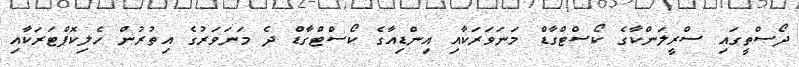
ދޯސްތީގައި ސްރީލަންކާގެ ކޯސްޓްގާޑް މަނަވަރަކާއި އިންޑިއާގެ ކޯސްޓްގާޑް ދެ މަނަވަރުގެ އިތުރުން ހެލިކޮޕްޓަރަކާއި